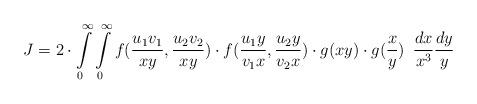
LaTeX: \begin{align*}J=2\cdot \int\limits_0^\infty \int\limits_0^\infty f(\frac{u_1v_1}{xy},\frac{u_2v_2}{xy})\cdot f(\frac{u_1y}{v_1x},\frac{u_2y}{v_2x})\cdot g(xy)\cdot g(\frac{x}{y})\ \, \frac{dx}{x^3}\frac{dy}{y}\end{align*}